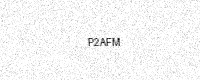
Text: P2AFM